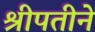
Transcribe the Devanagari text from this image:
श्रीपतीने